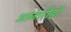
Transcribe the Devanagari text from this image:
आजारीही